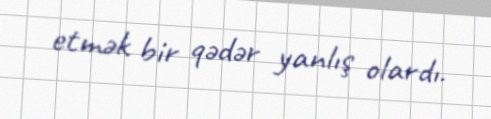
etmək bir qədər yanlış olardı.